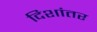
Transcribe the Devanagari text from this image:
दिशांतर